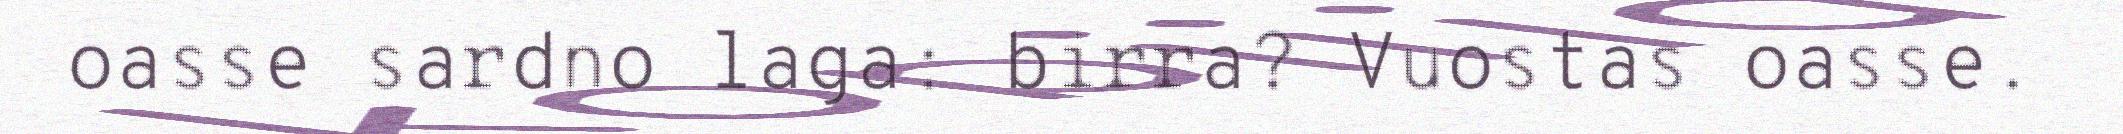
oasse sardno laga: birra? Vuostas oasse.